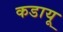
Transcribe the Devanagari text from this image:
कडायू